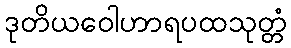
ဒုတိယဝေါဟာရပထသုတ္တံ